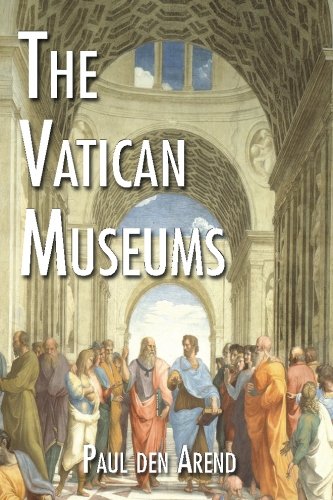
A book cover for The Vatican Museums: Including Michelangelo's Sistine Chapel and the Raphael Rooms; Paul den Arend; Travel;